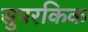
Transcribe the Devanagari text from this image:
सुपरकिक